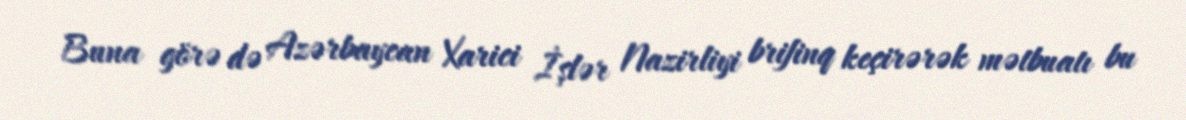
Buna görə də Azərbaycan Xarici İşlər Nazirliyi brifinq keçirərək mətbuatı bu